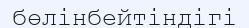
бөлінбейтіндігі